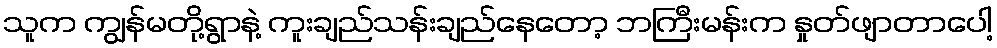
သူက ကျွန်မတို့ရွာနဲ့ ကူးချည်သန်းချည်နေတော့ ဘကြီးမန်းက နှုတ်ဖျာတာပေါ့